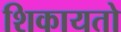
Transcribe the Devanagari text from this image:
शिकायतो